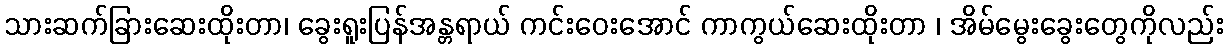
သားဆက်ခြားဆေးထိုးတာ၊ ခွေးရူးပြန်အန္တရာယ် ကင်းဝေးအောင် ကာကွယ်ဆေးထိုးတာ ၊ အိမ်မွေးခွေးတွေကိုလည်း